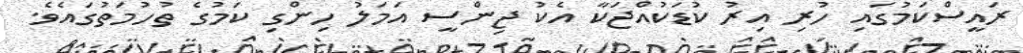
ރައީސްކަމުގައި ހުރި އިރު ކުޑަކުއްޖަކާ އެކު ޖިންސީ އަމަލު ހިންގި ކަމުގެ ތުހުމަތުގައެވެ.